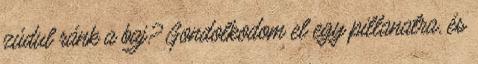
zúdul ránk a baj? Gondolkodom el egy pillanatra, és